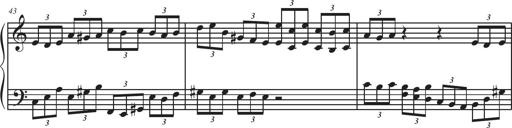
Title: Sonatina Espania
Composer: Jerald Franklin Archer
Key: Various